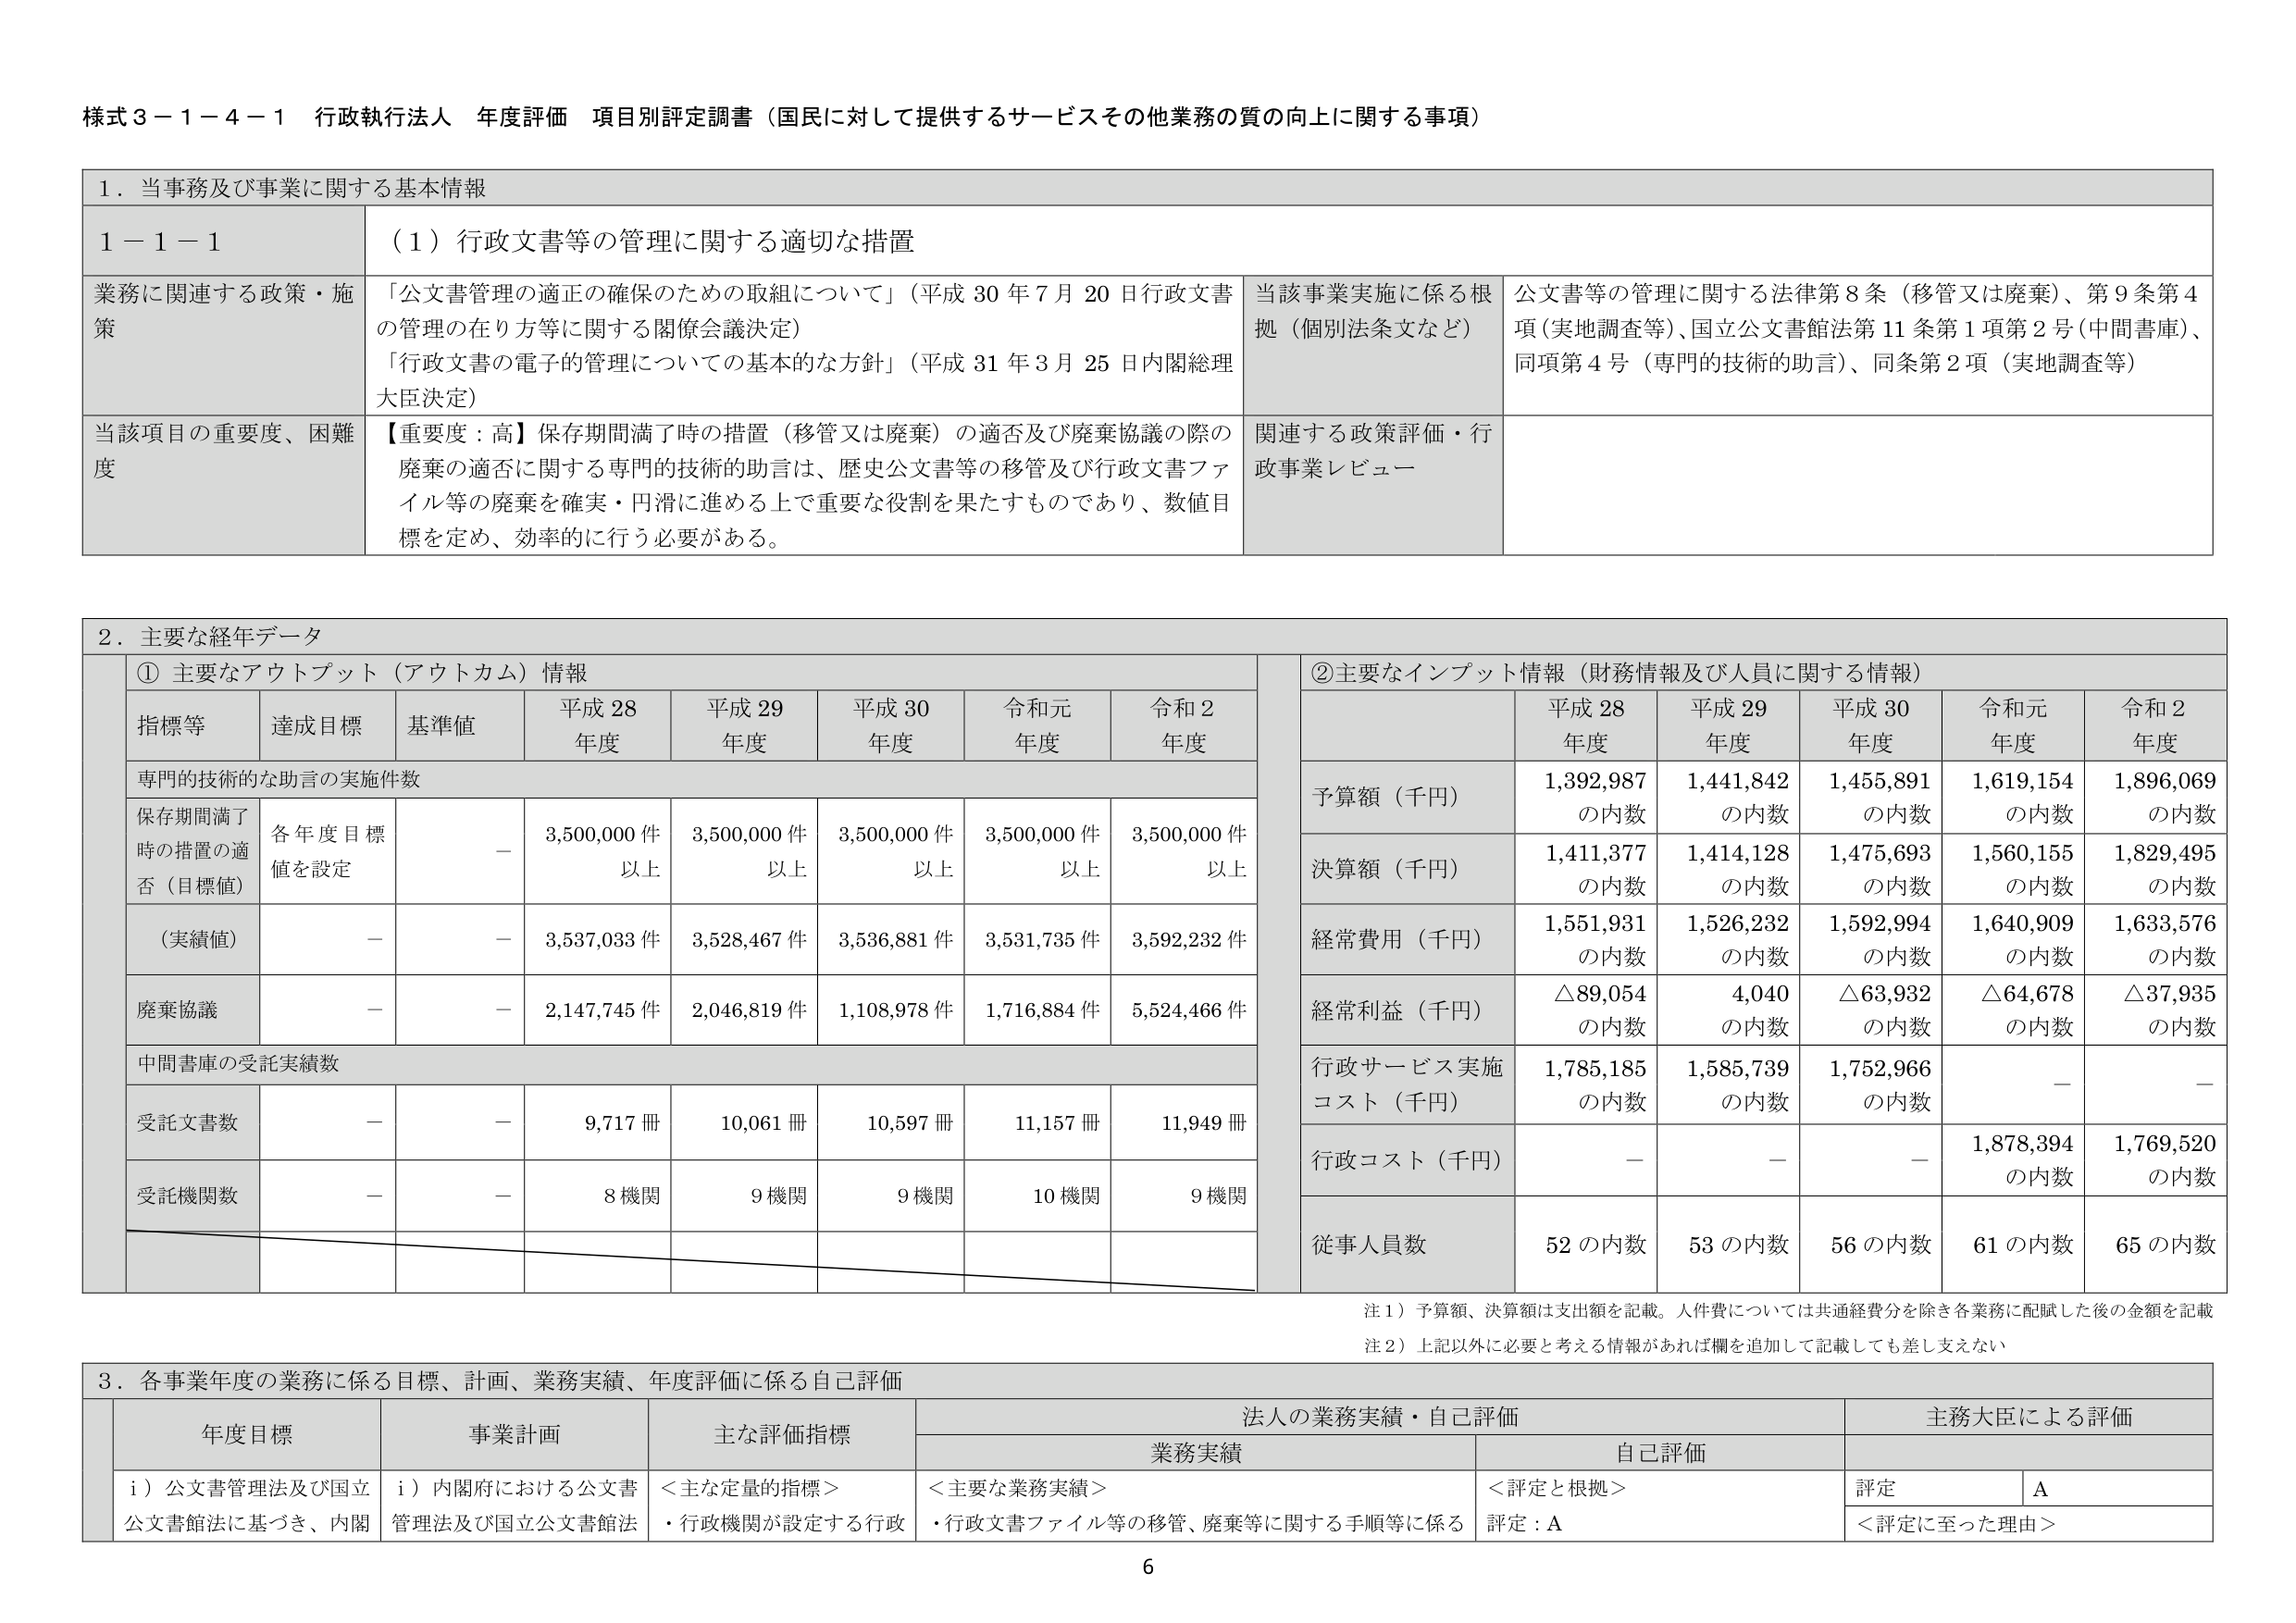
様式３－１－４－１ 行政執行法人 年度評価 項目別評定調書（国民に対して提供するサービスその他業務の質の向上に関する事項）

１．当事務及び事業に関する基本情報

１－１－１ （１）行政文書等の管理に関する適切な措置

業務に関連する政策・施策
「公文書管理の適正の確保のための取組について」（平成30年7月20日行政文書の管理の在り方等に関する関係会議決定）
「行政文書の電子的管理についての基本的な方針」（平成31年3月25日内閣総理大臣決定）

当該事業実施に係る根拠（個別法条文など）
公文書等の管理に関する法律第8条（移管又は廃棄）、第9条第4項（実地調査等）、国立公文書館法第11条第1項第2号（中間書庫）、同項第4号（専門的技術的助言）、同条第2項（実地調査等）

当該項目の重要度、困難度
【重要度：高】保存期間満了時の措置（移管又は廃棄）の適否及び廃棄協議の際の廃棄の適否に関する専門的技術的助言は、歴史公文書等の移管及び行政文書ファイル等の廃棄を確実・円滑に進める上で重要な役割を果たすものであり、数値目標を定め、効率的に行う必要がある。

関連する政策評価・行政事業レビュー

２．主要な経年データ

① 主要なアウトプット（アウトカム）情報

指標等 達成目標 基準値 平成28年度 平成29年度 平成30年度 令和元年度 令和2年度

専門的技術的な助言の実施件数

保存期間満了時の措置の適否（目標値） 各年度目標値を設定 － 3,500,000件以上 3,500,000件以上 3,500,000件以上 3,500,000件以上 3,500,000件以上

（実績値） － － 3,537,033件 3,528,467件 3,536,881件 3,531,735件 3,592,232件

廃棄協議 － － 2,147,745件 2,046,819件 1,108,978件 1,716,884件 5,524,466件

中間書庫の受託実績数

受託文書数 － － 9,717冊 10,061冊 10,597冊 11,157冊 11,949冊

受託機関数 － － 8機関 9機関 9機関 10機関 9機関

② 主要なインプット情報（財務情報及び人員に関する情報）

平成28年度 平成29年度 平成30年度 令和元年度 令和2年度

予算額（千円） 1,392,987の内数 1,441,842の内数 1,455,891の内数 1,619,154の内数 1,896,069の内数

決算額（千円） 1,411,377の内数 1,414,128の内数 1,475,693の内数 1,560,155の内数 1,829,495の内数

経常費用（千円） 1,551,931の内数 1,526,232の内数 1,592,994の内数 1,640,909の内数 1,633,576の内数

経常利益（千円） △89,054の内数 4,040の内数 △63,932の内数 △64,678の内数 △37,935の内数

行政サービス実施コスト（千円） 1,785,185の内数 1,585,739の内数 1,752,966の内数 － －

行政コスト（千円） － － － 1,878,394の内数 1,769,520の内数

従事人員数 52の内数 53の内数 56の内数 61の内数 65の内数

注１）予算額、決算額は支出額を記載。人件費については共通経費分を除き各業務に配賦した後の金額を記載
注２）上記以外に必要と考える情報があれば欄を追加して記載しても差し支えない

３．各事業年度の業務に係る目標、計画、業務実績、年度評価に係る自己評価

年度目標 事業計画 主な評価指標 法人の業務実績・自己評価 主務大臣による評価

業務実績 自己評価

i）公文書管理法及び国立公文書館法に基づき、内閣 i）内閣府における公文書管理法及び国立公文書館法 ＜主な定量的指標＞ ＜主要な業務実績＞ ＜評定と根拠＞ 評定 A
・行政機関が設定する行政 ・行政文書ファイル等の移管、廃棄等に関する手順等に係る 評定：A
＜評定に至った理由＞

6